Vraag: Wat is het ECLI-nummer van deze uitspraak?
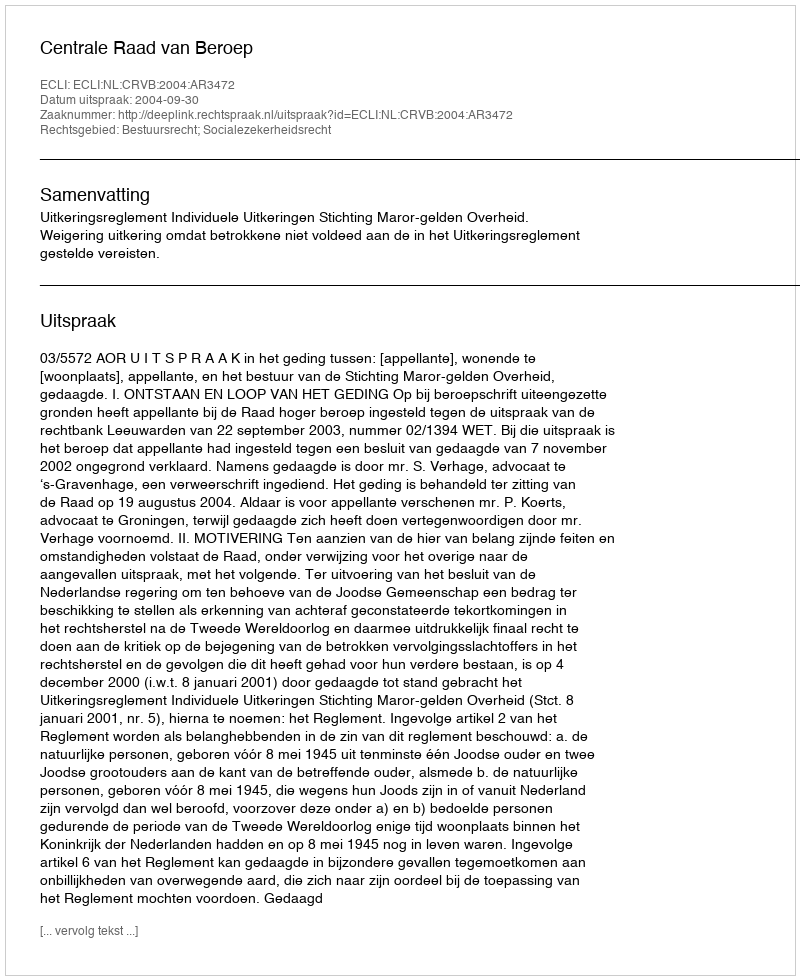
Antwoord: ECLI:NL:CRVB:2004:AR3472